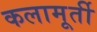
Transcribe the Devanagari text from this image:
कलामूर्ती